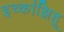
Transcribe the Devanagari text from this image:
इच्कांझिहू